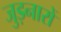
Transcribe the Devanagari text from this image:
जुड़नारों